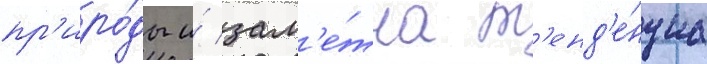
пр'иро́ды и́ зам'е́тна т'енд'е́нциа